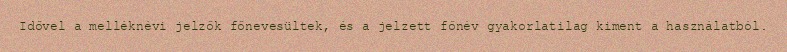
Idővel a melléknévi jelzők főnevesültek, és a jelzett főnév gyakorlatilag kiment a használatból.